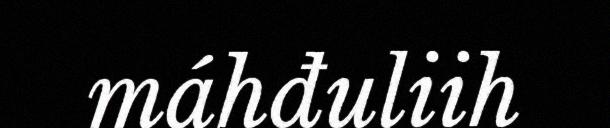
máhđuliih